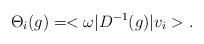
LaTeX: \begin{align*}\Theta_i(g) = <\omega | D^{-1}(g) | v_i>.\end{align*}